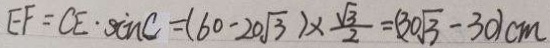
E F = C E \cdot \sin C = ( 6 0 - 2 0 \sqrt { 3 } ) \times \frac { \sqrt { 3 } } { 2 } = ( 3 0 \sqrt { 3 } - 3 0 ) c m